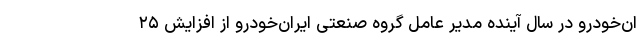
ان‌خودرو در سال آینده مدیر عامل گروه صنعتی ایران‌خودرو از افزایش ۲۵